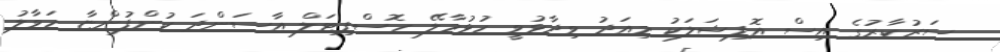
ސަރުކާރުގެ އިސް އޮފިޝަލަކު މިއަދު ވިދާޅުވީ ހުޅުމާލޭ ހޮސްޕިޓަލް އާސަންދަ ކުންފުންޏާ ހަވާލު